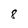
Character: 8